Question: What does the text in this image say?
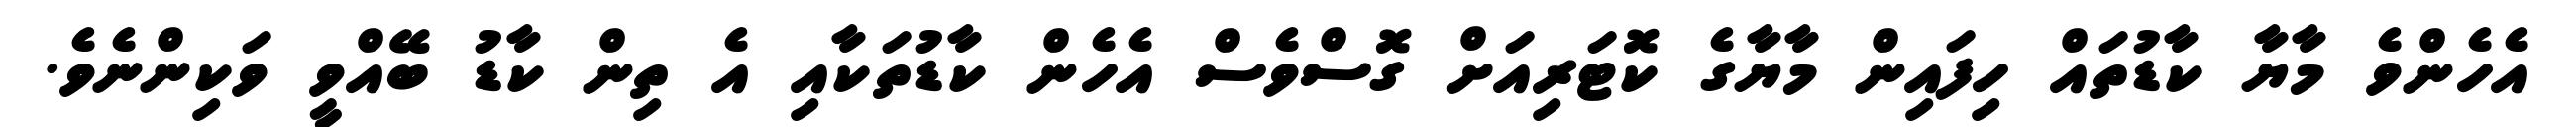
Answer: އެހެންވެ މާޔާ ކާޑުތައް ހިފައިން މާޔާގެ ކޮޓަރިއަށް ގޮސްވެސް އެހެން ކާޑުތަކާއި އެ ތިން ކާޑު ބޭއްވީ ވަކިންނެވެ.